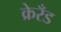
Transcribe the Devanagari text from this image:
क्रेरँड